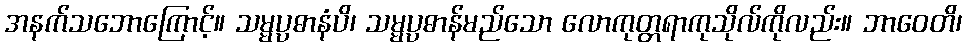
အနက်သဘောကြောင့်။ သမ္မပ္ပဓာနံပိ၊ သမ္မပ္ပဓာန်မည်သော လောကုတ္တရာကုသိုလ်ကိုလည်း။ ဘာဝေတိ၊